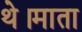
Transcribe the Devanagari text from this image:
थे।माता